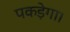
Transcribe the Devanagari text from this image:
पकड़ेगा।